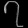
Digit: ၇